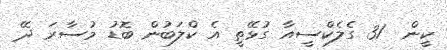
ކީން  31 ގެލެކްސީއާ ގުޅޭތީ އެ ކްލަބުން ބޮޑު މުސާރަ ދޭ